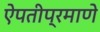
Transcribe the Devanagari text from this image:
ऐपतीप्रमाणे